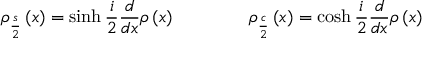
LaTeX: \rho _ { \frac { s } { 2 } } \left( x \right) = \sinh \frac { i } { 2 } \frac { d } { d x } \rho \left( x \right) \qquad \qquad \rho _ { \frac { c } { 2 } } \left( x \right) = \cosh \frac { i } { 2 } \frac { d } { d x } \rho \left( x \right)